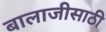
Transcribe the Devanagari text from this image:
बालाजीसाठी